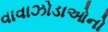
વાવાઝોડાઓનો